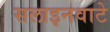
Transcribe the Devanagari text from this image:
सलाइनवाटे